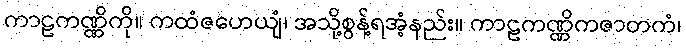
ကာဠကဏ္ဏိကို။ ကထံဇဟေယျံ၊ အသို့စွန့်ရအံ့နည်း။ ကာဠကဏ္ဏိကဇာတကံ၊